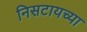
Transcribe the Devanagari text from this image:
निसटायच्या